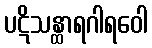
ပဋိသန္ထာရဂါရဝေါ